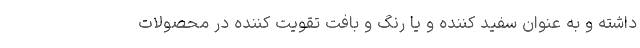
داشته و به عنوان سفید کننده و یا رنگ و بافت تقویت کننده در محصولات